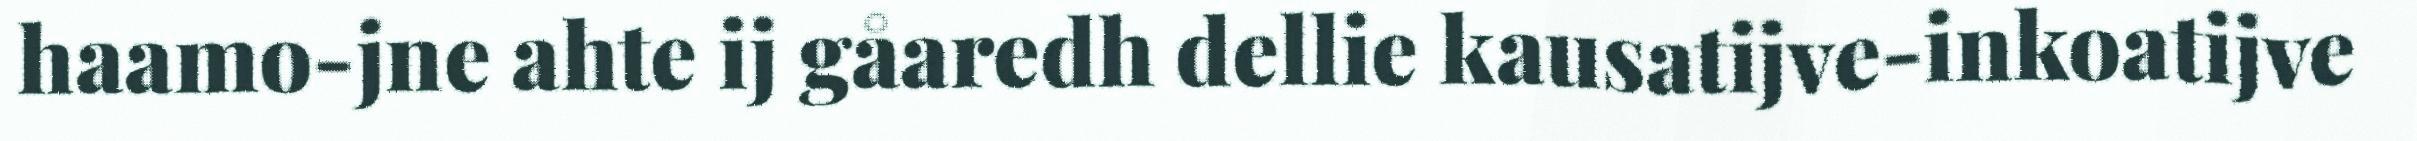
haamo-jne ahte ij gåaredh dellie kausatijve-inkoatijve